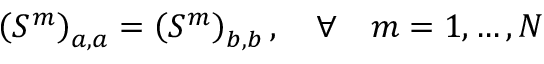
\left( S ^ { m } \right) _ { a , a } = \left( S ^ { m } \right) _ { b , b } , \quad \forall \quad m = 1 , \ldots { } , N